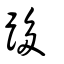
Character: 跢